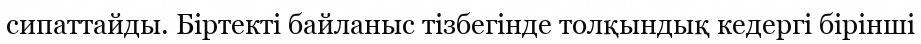
сипаттайды. Біртекті байланыс тізбегінде толқындық кедергі бірінші